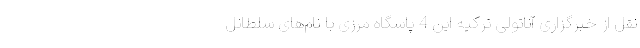
نقل از خبرگزاری آناتولی ترکیه این 4 پاسگاه مرزی با نام‌های سلطانل